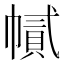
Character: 𢄽